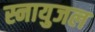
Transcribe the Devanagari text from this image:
स्नायुजल